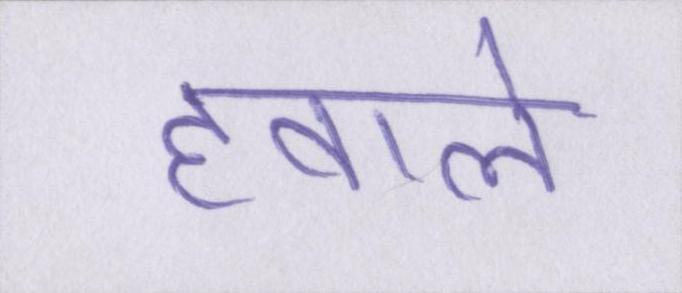
हवाले